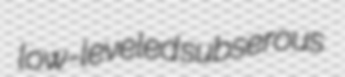
low-leveled subserous